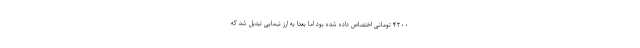
۴۲۰۰ تومانی اختصاص داده شده بود اما بعدا به ارز نیمایی تبدیل شد که